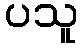
ပသူ